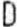
D